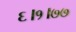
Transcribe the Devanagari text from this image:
६।१।७७